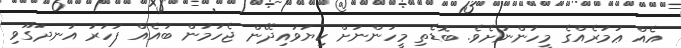
އެއް ޢުމުރެއްގެ މީހުންނަށެވެ. ބޮޑެތި މީހުންނަށް ކިޔަވައިދޭން ޖެހުމުން ބައެއް ފަހަރު އުނދަގޫވި